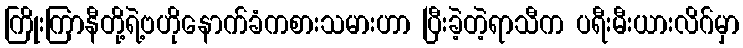
ကြိုးကြာနီတို့ရဲ့ဗဟိုနောက်ခံကစားသမားဟာ ပြီးခဲ့တဲ့ရာသီက ပရီးမီးယားလိဂ်မှာ